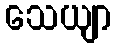
သေယျာ